Annual report on the Civil Veterinary Department, Burma (including the Insein Veterinary School) - 1923-1931
Year: 1923
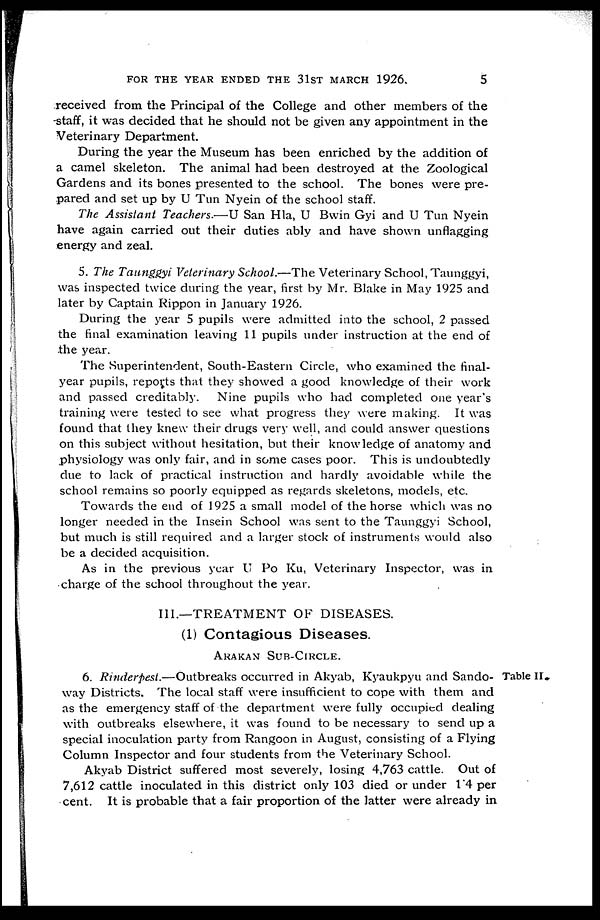
FOR THE YEAR ENDED THE 31ST MARCH 1926.
5
received from the Principal of the College and other members of the
staff, it was decided that he should not be given any appointment in the
Veterinary Department.
During the year the Museum has been enriched by the addition of
a camel skeleton. The animal had been destroyed at the Zoological
Gardens and its bones presented to the school. The bones were pre-
pared and set up by U Tun Nyein of the school staff.
The Assistant Teachers.—U San Hla, U Bwin Gyi and U Tun Nyein
have again carried out their duties ably and have shown unflagging
energy and zeal.
5. The Taunggyi Veterinary School.—The Veterinary School, Taunggyi,
was inspected twice during the year, first by Mr. Blake in May 1925 and
later by Captain Rippon in January 1926.
During the year 5 pupils were admitted into the school, 2 passed
the final examination leaving 11 pupils under instruction at the end of
the year.
The Superintendent, South-Eastern Circle, who examined the final-
year pupils, reports that they showed a good knowledge of their work
and passed creditably. Nine pupils who had completed one year's
training were tested to see what progress they were making. It was
found that they knew their drugs very well, and could answer questions
on this subject without hesitation, but their knowledge of anatomy and
physiology was only fair, and in some cases poor. This is undoubtedly
due to lack of practical instruction and hardly avoidable while the
school remains so poorly equipped as regards skeletons, models, etc.
Towards the end of 1925 a small model of the horse which was no
longer needed in the Insein School was sent to the Taunggyi School,
but much is still required and a larger stock of instruments would also
be a decided acquisition.
As in the previous year U Po Ku, Veterinary Inspector, was in
charge of the school throughout the year.
III.—TREATMENT OF DISEASES.
(1) Contagious Diseases.
ARAKAN SUB-CIRCLE.
Table II.
6. Rinderpest.—Outbreaks occurred in Akyab, Kyaukpyu and Sando-
way Districts. The local staff were insufficient to cope with them and
as the emergency staff of the department were fully occupied dealing
with outbreaks elsewhere, it was found to be necessary to send up a
special inoculation party from Rangoon in August, consisting of a Flying
Column Inspector and four students from the Veterinary School.
Akyab District suffered most severely, losing 4,763 cattle. Out of
7,612 cattle inoculated in this district only 103 died or under 1.4 per
cent. It is probable that a fair proportion of the latter were already in